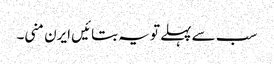
سب سے پہلے تو یہ بتائیں ایرن منی۔